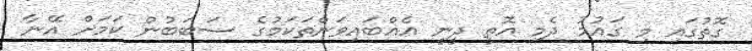
ގޮތުގައި މި ގައުމު ދެމި އޮތީ ދީނީ އެއްބައިވަންތަކަމުގެ ސަބަބުން ކަމަށް އޭނާ